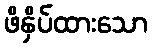
ဖိနှိပ်ထားသော